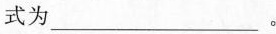
式为___。